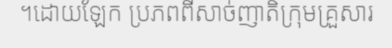
។ដោយឡែក ប្រភពពីសាច់ញាតិក្រុមគ្រួសារ